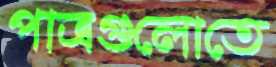
পাত্রগুলোতে